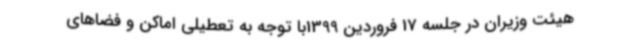
هیئت وزیران در جلسه 17 فروردین 1399با توجه به تعطیلی اماکن و فضاهای